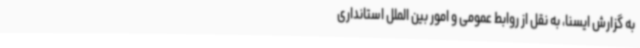
به گزارش ایسنا، به نقل از روابط عمومی و امور بین الملل استانداری